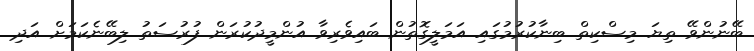
ބޭނުންވޭ ތިޔަ މިސްކިތް ބިނާކުރުމުގައި އަމަލީގޮތުން ބައިވެރިވާ އުުންމީދުކުރަން ފުރުސަތު ލިބޭނެކަމަށް އަދި